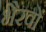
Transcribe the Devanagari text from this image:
भैरवों